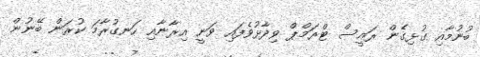
ބުނުމާއި ގުޅިގެން ރައީސް ޓްރަމްޕް ވިދާޅުވެފައި ވަނީ އިރާނާއި ހަނގުރާމަ ކުރަން ބޭނުން